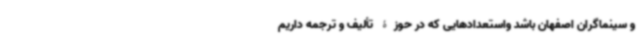
و سینماگران اصفهان باشد واستعدادهایی که در حوزۀ تألیف و ترجمه داریم